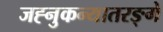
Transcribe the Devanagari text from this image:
जह्नुकन्यातरङ्गे